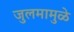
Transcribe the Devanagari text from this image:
जुलमामुळे